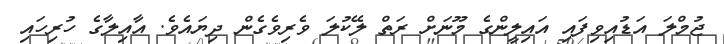
ޖުމްލަ އަޑުއިވިފައި އައިލީންގެ މޫނަށް ރަތް ލޭކުލަ ވެރިވެގެން ދިޔައެވެ. އާާއިލާގެ ހުރިހައި